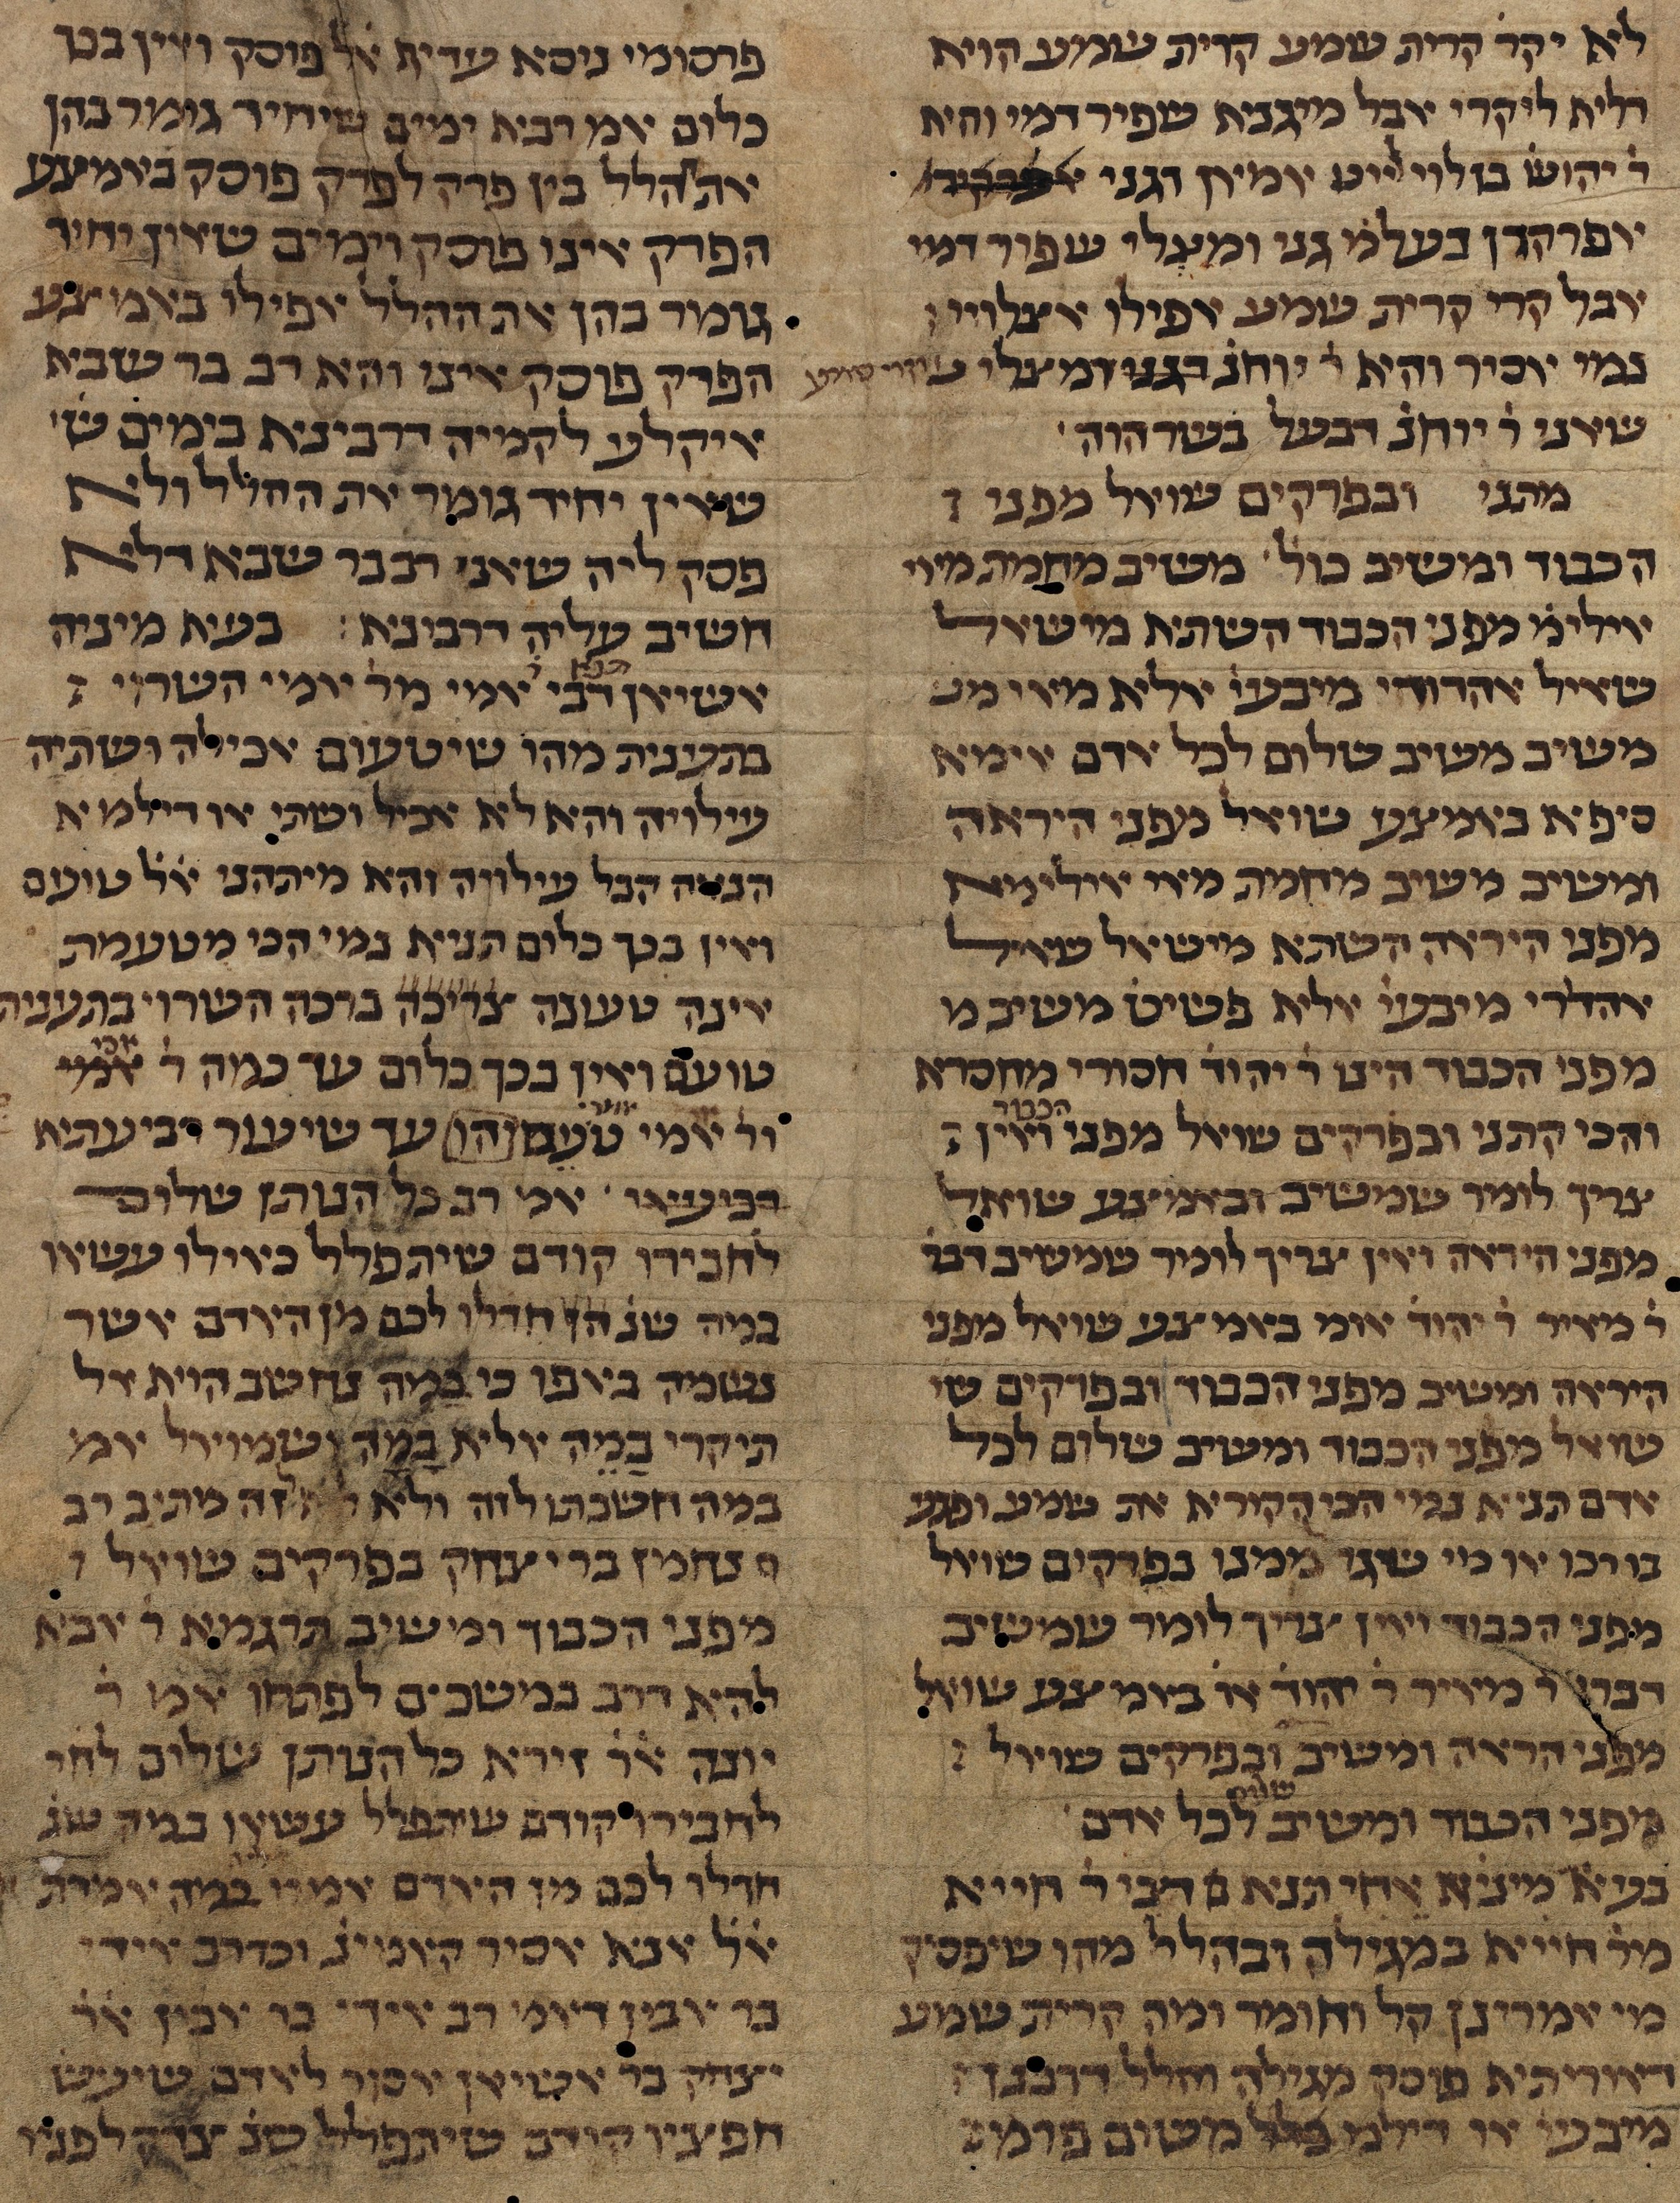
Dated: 1385–1399